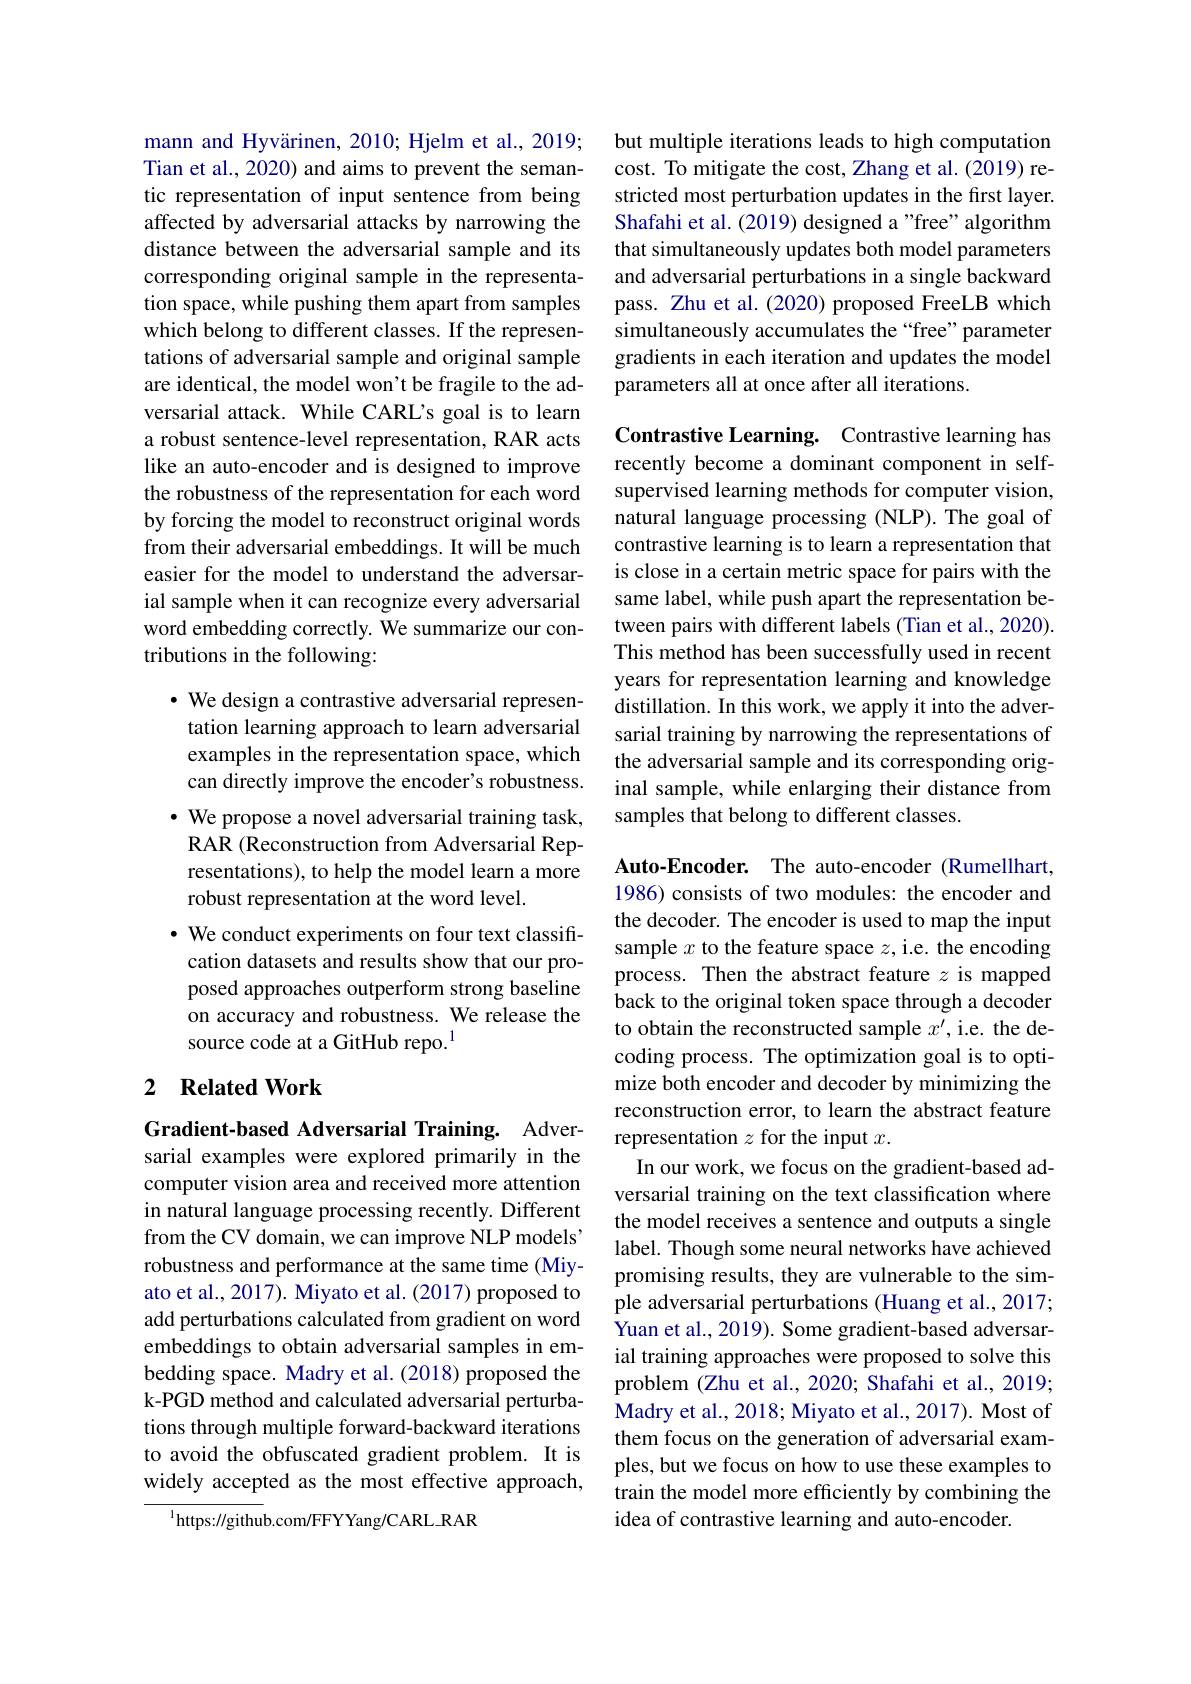
mann and Hyvärinen, 2010; Hjelm et al., 2019; Tian et al., 2020) and aims to prevent the semantic representation of input sentence from being affected by adversarial attacks by narrowing the distance between the adversarial sample and its corresponding original sample in the representation space, while pushing them apart from samples which belong to different classes. If the representations of adversarial sample and original sample are identical, the model won't be fragile to the adversarial attack. While CARL's goal is to learn a robust sentence-level representation, RAR acts like an auto-encoder and is designed to improve the robustness of the representation for each word by forcing the model to reconstruct original words from their adversarial embeddings. It will be much easier for the model to understand the adversarial sample when it can recognize every adversarial word embedding correctly. We summarize our contributions in the following:

$\cdot$ We design a contrastive adversarial representation learning approach to learn adversarial examples in the representation space, which can directly improve the encoder's robustness.
$\cdot$ We propose a novel adversarial training task, RAR (Reconstruction from Adversarial Representations), to help the model learn a more robust representation at the word level.
$\cdot$ We conduct experiments on four text classification datasets and results show that our proposed approaches outperform strong baseline on accuracy and robustness. We release the source code at a GitHub repo.$^{1}$

## 2 $\textbf{Related Work}$

Gradient-based Adversarial Training. Adversarial examples were explored primarily in the computer vision area and received more attention in natural language processing recently. Different from the CV domain, we can improve NLP models' robustness and performance at the same time (Miyato et al., 2017). Miyato et al. (2017) proposed to add perturbations calculated from gradient on word embeddings to obtain adversarial samples in embedding space. Madry et al. (2018) proposed the k-PGD method and calculated adversarial perturbations through multiple forward-backward iterations to avoid the obfuscated gradient problem. It is widely accepted as the most effective approach,
$^{1}$https://github.com/FFYYang/CARL\_RAR

but multiple iterations leads to high computation cost. To mitigate the cost, Zhang et al. (2019) restricted most perturbation updates in the first layer. Shafahi et al. (2019) designed a "free" algorithm that simultaneously updates both model parameters and adversarial perturbations in a single backward pass. Zhu et al.(2020) proposed FreeLB which simultaneously accumulates the“free”parameter gradients in each iteration and updates the model parameters all at once after all iterations.

Contrastive Learning. Contrastive learning has recently become a dominant component in selfsupervised learning methods for computer vision, natural language processing (NLP). The goal of contrastive learning is to learn a representation that is close in a certain metric space for pairs with the same label, while push apart the representation between pairs with different labels (Tian et al., 2020). This method has been successfully used in recent years for representation learning and knowledge distillation. In this work, we apply it into the adversarial training by narrowing the representations of the adversarial sample and its corresponding original sample, while enlarging their distance from samples that belong to different classes.

Auto-Encoder. The auto-encoder (Rumellhart, 1986) consists of two modules: the encoder and the decoder. The encoder is used to map the input sample $x$ to the feature space $z$, i.e. the encoding process. Then the abstract feature $z$ is mapped back to the original token space through a decoder to obtain the reconstructed sample $x^\prime$,i.e. the decoding process. The optimization goal is to optimize both encoder and decoder by minimizing the reconstruction error, to learn the abstract feature representation $z$ for the input $x.$
In our work, we focus on the gradient-based adversarial training on the text classification where the model receives a sentence and outputs a single label. Though some neural networks have achieved promising results, they are vulnerable to the simple adversarial perturbations (Huang et al., 2017; Yuan et al., 2019). Some gradient-based adversarial training approaches were proposed to solve this problem (Zhu et al., 2020; Shafahi et al., 2019; Madry et al., 2018; Miyato et al., 2017). Most of them focus on the generation of adversarial examples, but we focus on how to use these examples to train the model more efficiently by combining the idea of contrastive learning and auto-encoder.